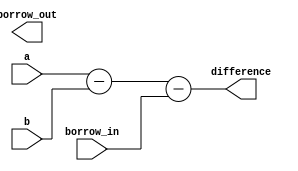
module ripple_carry_subtractor (
    input [3:0] a,
    input [3:0] b,
    input borrow_in,
    output [3:0] difference,
    output borrow_out
);

wire [3:0] sum;
wire [2:0] borrow;

assign sum = a - b - borrow_in;
assign borrow[0] = (b[0] & a[0]) | (borrow_in & (a[0] ^ b[0]));
assign borrow[1] = (b[1] & a[1]) | (borrow[0] & (a[1] ^ b[1]));
assign borrow[2] = (b[2] & a[2]) | (borrow[1] & (a[2] ^ b[2]));
assign borrow[3] = (b[3] & a[3]) | (borrow[2] & (a[3] ^ b[3]));

assign difference = sum;
assign borrow_out = borrow[3];

endmodule